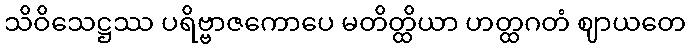
သိဝိသေဋ္ဌဿ ပရိဗ္ဗာဇကောပေ မတိတ္ထိယာ ဟတ္ထဂတံ ဈာယတေ